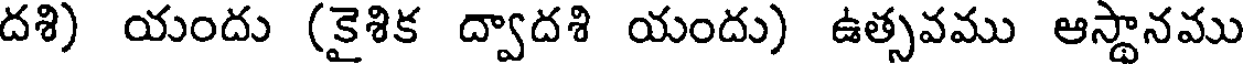
దశి) యందు (కైశిక ద్వాదశి యందు) ఉత్సవము ఆస్థానము